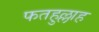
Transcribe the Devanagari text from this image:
फतहुल्लाह